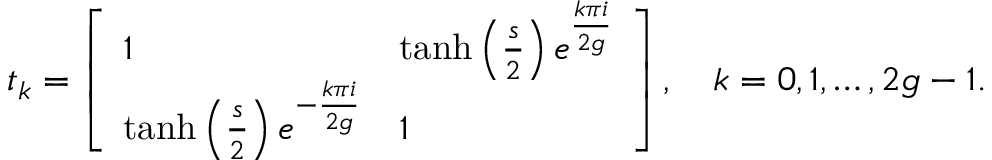
t _ { k } = \left[ \begin{array} { l l } { 1 } & { \operatorname { t a n h } \left( \frac { s } { 2 } \right) e ^ { \frac { k \pi i } { 2 g } } } \\ { \operatorname { t a n h } \left( \frac { s } { 2 } \right) e ^ { - \frac { k \pi i } { 2 g } } } & { 1 } \end{array} \right] , \quad k = 0 , 1 , \dots , 2 g - 1 .